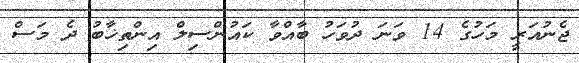
ޖެނުއަރީ މަހުގެ 14 ވަނަ ދުވަހު ބާއްވާ ކައުންސިލް އިންތިޚާބު ދެ މަސް